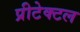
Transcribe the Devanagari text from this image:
प्रीटेक्टल